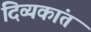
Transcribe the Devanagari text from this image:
दिव्यकांत